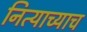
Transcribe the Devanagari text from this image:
नित्याच्याच